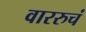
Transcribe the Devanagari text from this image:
वाररुचं